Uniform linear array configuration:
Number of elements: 48
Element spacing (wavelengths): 0.75
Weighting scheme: hamming
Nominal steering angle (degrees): -60
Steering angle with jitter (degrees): -59.334
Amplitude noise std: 0.05
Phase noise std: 0.05

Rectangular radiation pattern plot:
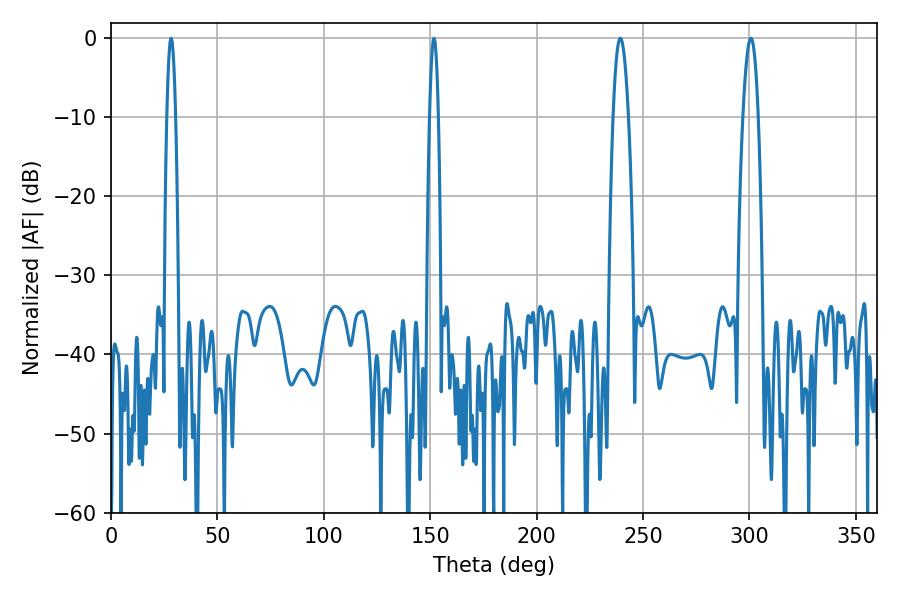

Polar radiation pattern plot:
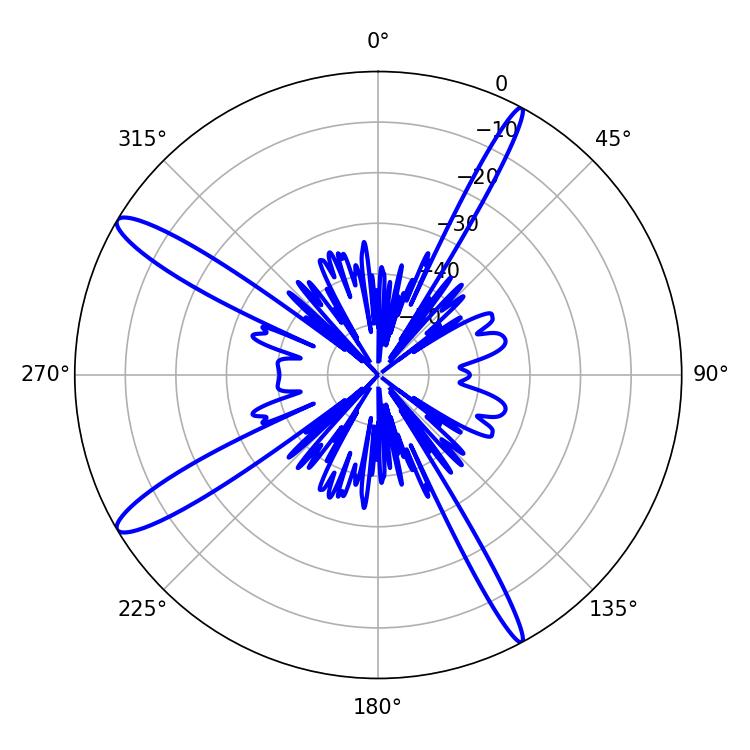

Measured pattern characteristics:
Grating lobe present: TRUE
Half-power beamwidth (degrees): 2.16
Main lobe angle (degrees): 28.26